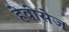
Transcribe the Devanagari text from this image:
हेवीसेज